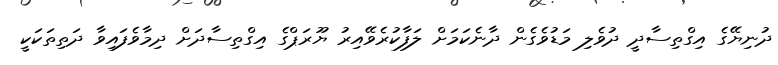
ދުނިޔޭގެ އިގްތިސާދީ ދުވެލި މަޑުވެގެން ދާނެކަމަށް ލަފާކުރެވޭއިރު ޔޫރަޕްގެ އިގްތިސާދަށް ދިމާވެފައިވާ ދަތިތަކަކީ